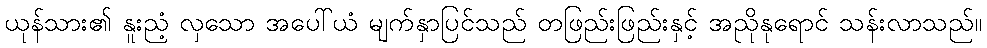
ယုန်သား၏ နူးညံ့ လှသော အပေါ်ယံ မျက်နှာပြင်သည် တဖြည်းဖြည်းနှင့် အညိုနုရောင် သန်းလာသည်။